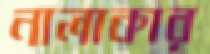
নালাকার